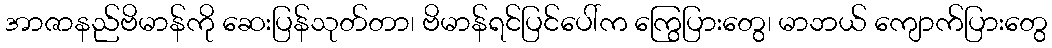
အာဇာနည်ဗိမာန်ကို ဆေးပြန်သုတ်တာ၊ ဗိမာန်ရင်ပြင်ပေါ်က ကြွေပြားတွေ၊ မာဘယ် ကျောက်ပြားတွေ